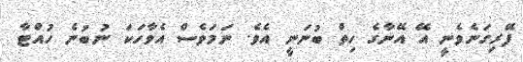
ފޭރިގަނެވެނީ އޭ އޭނާގެ ހިތް ބުނަނީ އެވެ. ނަމަވެސް އެވާހަކަ ނުބުނެ ހުއްޓާ